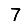
Digit: 7